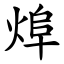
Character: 㷆